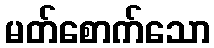
မတ်စောက်သော